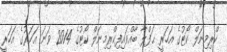
ކްރިމިނަލް ކޯޓުގެ އަހަރީ ޙަފްލާ ބާއްވައިފިކްރިމިނަލް ކޯޓުގެ 2014 ވަނަ އަހަރުގެ އަހަރީ